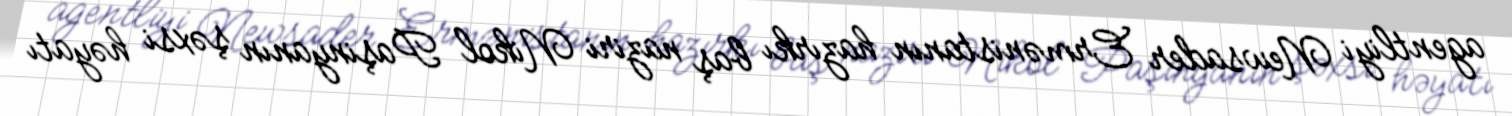
agentliyi Newsader Ermənistanın hazırkı baş naziri Nikol Paşinyanın şəxsi həyatı